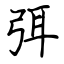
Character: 弭